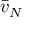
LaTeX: { \bar { v } } _ { N }